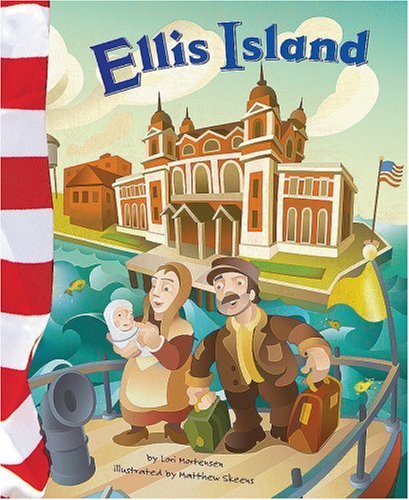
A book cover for Ellis Island (American Symbols); Lori Mortensen; Children's Books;